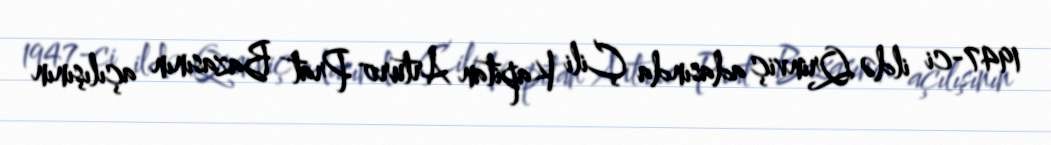
1947-ci ildə Qrinviç adasında Çili Kapitan Arturo Prat Bazasının açılışının